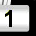
Digit: 1